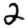
Digit: 2